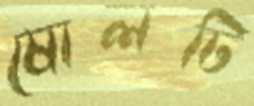
ষোলটি